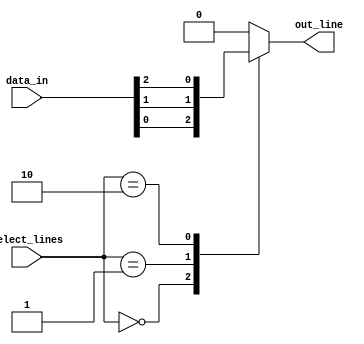
module multiplexer_32to1 (
    input [31:0] data_in, // 32 input lines
    input [4:0] select_lines, // 5 select lines
    output reg out_line // 1 output line
);

always @ (select_lines) begin
    case (select_lines)
        5'b00000: out_line = data_in[0];
        5'b00001: out_line = data_in[1];
        5'b00010: out_line = data_in[2];
        // continue for all 32 input lines
        default: out_line = 32'b0; // default output value
    endcase
end

endmodule